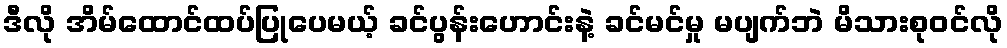
ဒီလို အိမ်ထောင်ထပ်ပြုပေမယ့် ခင်ပွန်းဟောင်းနဲ့ ခင်မင်မှု မပျက်ဘဲ မိသားစုဝင်လို